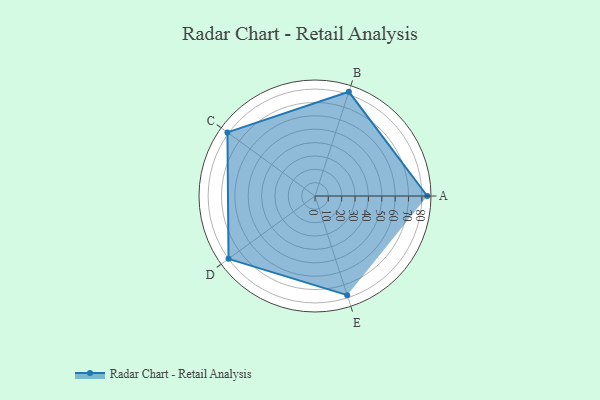
{"axis": {"x": "Skill", "y": "Score"}, "legend": ["Profile"], "data": [{"x": "A", "y": 84.0, "type": "Profile"}, {"x": "B", "y": 82.0, "type": "Profile"}, {"x": "C", "y": 81.0, "type": "Profile"}, {"x": "D", "y": 80.0, "type": "Profile"}, {"x": "E", "y": 78.0, "type": "Profile"}]}